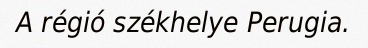
A régió székhelye Perugia.